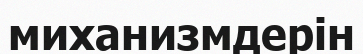
миханизмдерін